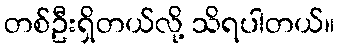
တစ်ဦးရှိတယ်လို့ သိရပါတယ်။